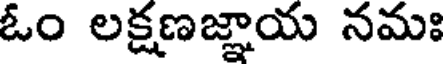
ఓం లక్షణజ్ఞాయ నమః